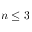
n \leq 3